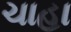
ચાહા